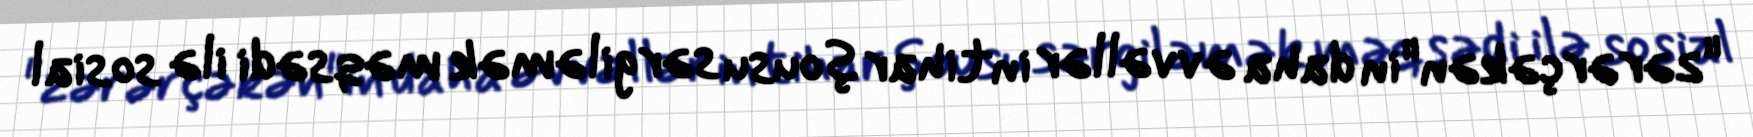
"zərərçəkən"in daha əvvəllər intihar şousu sərgiləmək məqsədi ilə sosial